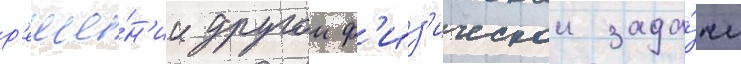
р'еше́н'ии другои ф'из'ическои зада́чи